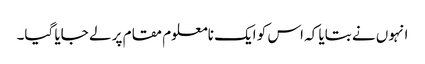
انہوں نے بتایا کہ اس کو ایک نامعلوم مقام پر لے جایا گیا۔